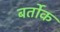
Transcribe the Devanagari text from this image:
बर्तोक